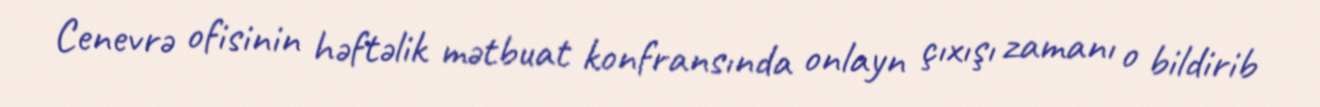
Cenevrə ofisinin həftəlik mətbuat konfransında onlayn çıxışı zamanı o bildirib